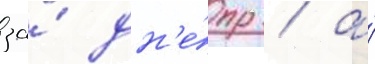
за́ дн'е́пр / а́